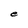
Character: e